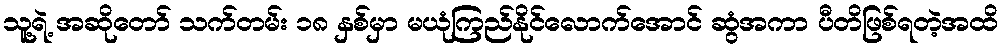
သူ့ရဲ့ အဆိုတော် သက်တမ်း ၁၈ နှစ်မှာ မယုံကြည်နိုင်လောက်အောင် ဆွံအကာ ပီတိဖြစ်ရတဲ့အထိ